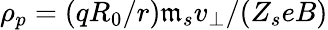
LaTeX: \rho_{p}=(qR_{0}/r)\mathfrak{m}_{s}v_{\perp}/(Z_{s}eB)